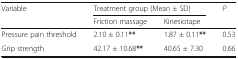
| <ROWSPAN=2> Variable | <COLSPAN=2> Treatment group (Mean ± SD) | <ROWSPAN=2> P |
 | Friction massage | Kinesiotape |
 | --- | --- | --- | --- |
 | Pressure pain threshold | 2.10 ± 0.11** | 1.87 ± 0.11** | 0.53 |
 | Grip strength | 42.17 ± 10.68** | 40.65 ± 7.30 | 0.66 |